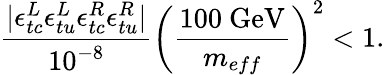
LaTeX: {\frac{|\epsilon_{tc}^{L}\epsilon_{tu}^{L}\epsilon_{tc}^{R}\epsilon_{tu}^{R}|}{10^{-8}}}\left({\frac{100~\mathrm{GeV}}{m_{eff}}}\right)^{2}<1.